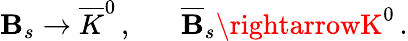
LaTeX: \mathbf{B}_{s}\rightarrow\overline{{{K}}}^{0}\, ,\; \; \; \; \; \; \overline{{{\mathbf{B}}}}_{s}\rightarrowK^{0}\, .